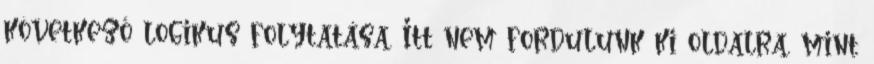
következő logikus folytatása. Itt nem fordulunk ki oldalra, mint